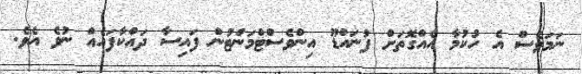
ނަމަވެސް އެ ހުކުމާ އެއްގޮތަށް ފުނައްޑޫ އިންވެސްޓްމަންޓުން ފައިސާ ދައްކާފައެއް ނުވެ އެވެ.